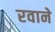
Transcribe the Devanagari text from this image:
रवाने